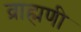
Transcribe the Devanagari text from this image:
व्राह्मणी